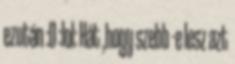
ezután :D :lol: Hát ,hogy szebb -e lesz azt